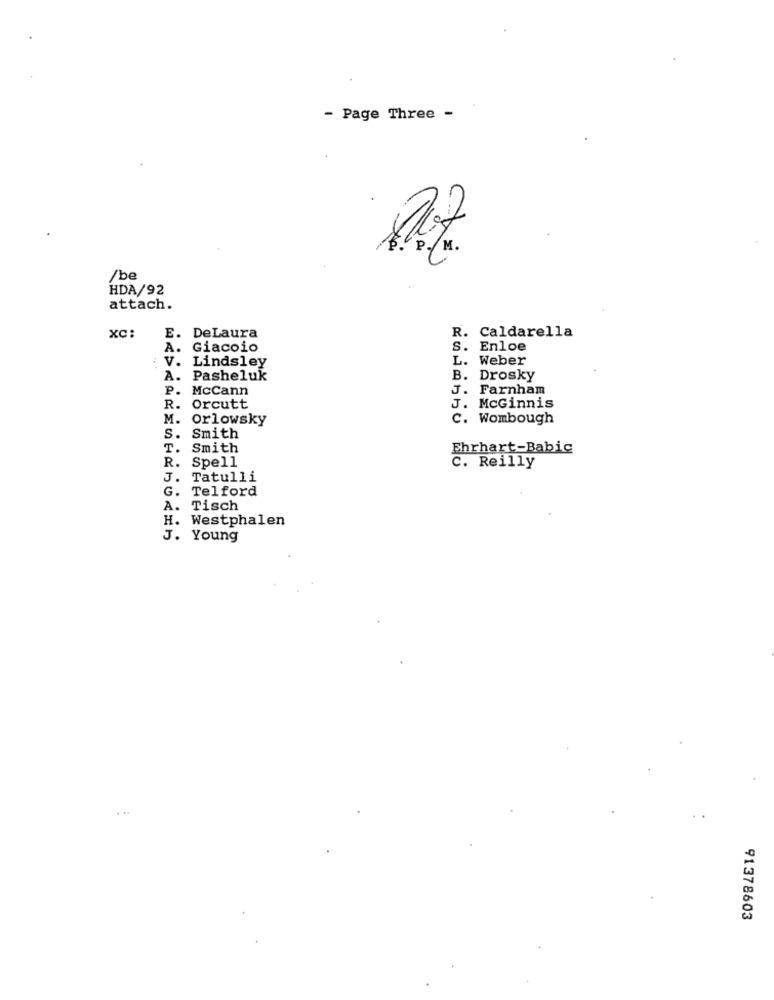
- Page Three -
M.
/be
HDA/92
attach.
R. Caldarella
XC:
E. DeLaura
A. Giacoio
s. Enloe
: V. Lindsley
L. Weber
A. Pasheluk
B. Drosky
P. McCann
J. Farnham
R. Orcutt
J. McGinnis
M. Orlowsky
c. Wombough
S. Smith
T.
Smith
Ehrhart-Babic
R.
Spell
C. Reilly
J.
Tatulli
G.
Telford
A. Tisch
H. Westphalen
J. Young
. ..
91378603